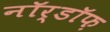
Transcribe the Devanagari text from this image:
नॉर्डॉफ़